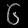
Digit: ၆